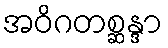
အဝိဂတစ္ဆန္ဒာ